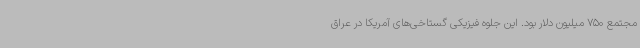
مجتمع 750 میلیون دلار بود. این جلوه فیزیکی گستاخی‌های آمریکا در عراق